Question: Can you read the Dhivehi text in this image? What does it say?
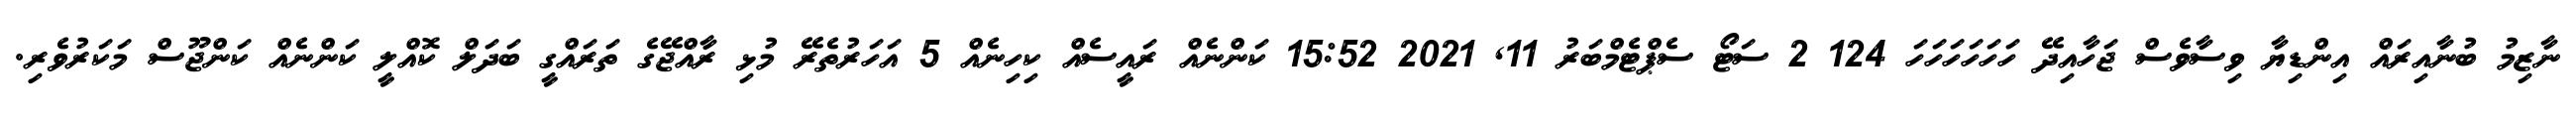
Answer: ނާޒިމު ބުނާއިރައް އިންޑިޔާ ވިސާވެސް ޖަހާއިދޭ ހަހަހަހަހަހަ 124 2 ސަޓޯ ސެޕްޓެމްބަރު 11, 2021 15:52 ކަންނެއް ރައީސެއް ކިހިނެއް 5 އަހަރުތެރޭ މުޅި ރާއްޖޭގެ ތަރައްގީ ބަދަލް ކޮއްލީ ކަންނެއް ކަންޖޫސް މަކަރުވެރި.